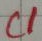
Text: C1